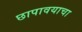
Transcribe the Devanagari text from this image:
छापावयाचा